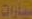
سيارات